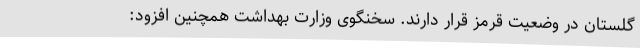
گلستان در وضعیت قرمز قرار دارند. سخنگوی وزارت بهداشت همچنین افزود: